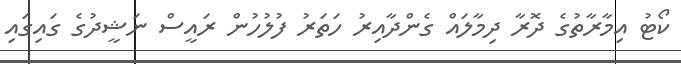
ކޯޓު އިމާރާތުގެ ދޮރާ ދިމާލައް ގެންދާއިރު ހަތަރު ފުލުހުން ރައީސް ނަޝީދުގެ ގައިގައި